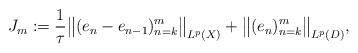
LaTeX: \begin{align*}J_m:=\frac{1}{\tau}\big\|(e_n-e_{n-1} )_{n=k}^m\big\|_{ L^p(X)} + \big\|(e_n )_{n=k}^m\big\|_{ L^p(D)}, \end{align*}